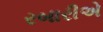
રબારીએ